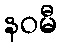
နဝမီ